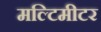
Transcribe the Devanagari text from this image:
मल्टिमीटर